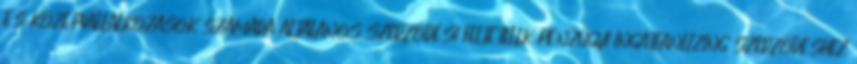
ÉS KÖZÉPVÁLLALKOZÁSOK SZÁMÁRA ÁLTALÁNOS SZERZŐDÉSI FELTÉTELEK PÉNZÜGYI INGATLANLÍZING SZERZŐDÉSHEZ